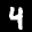
Label: 4